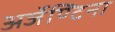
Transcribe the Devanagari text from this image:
अर्जेण्टिना